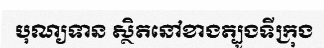
បុណ្យទាន ស្ថិតនៅខាងត្បូងទីក្រុង